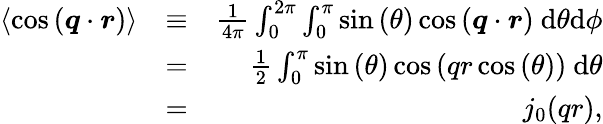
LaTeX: \begin{array}{rlr}{\left\langle\cos{(\boldsymbol{q}\cdot\boldsymbol{r})}\right\rangle}&{\equiv}&{\frac{1}{4\pi}\int_{0}^{2\pi}\int_{0}^{\pi}\sin{(\theta)}\cos{(\boldsymbol{q}\cdot\boldsymbol{r})}~\mathrm{d}\theta\mathrm{d}\phi}\\ &{=}&{\frac{1}{2}\int_{0}^{\pi}\sin{(\theta)}\cos{(qr\cos{(\theta)})}~\mathrm{d}\theta}\\ &{=}&{j_{0}(qr),}\end{array}